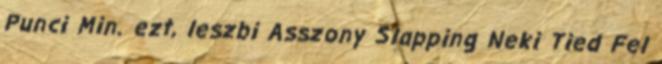
Punci Min. ezt, leszbi Asszony Slapping Neki Tied Fel